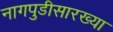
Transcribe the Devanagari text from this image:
नागपुडीसारख्या